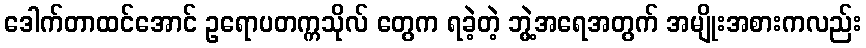
ဒေါက်တာထင်အောင် ဥရောပတက္ကသိုလ် တွေက ရခဲ့တဲ့ ဘွဲ့အရေအတွက် အမျိုးအစားကလည်း